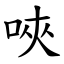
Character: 唊